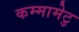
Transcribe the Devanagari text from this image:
कम्‍मामेटु